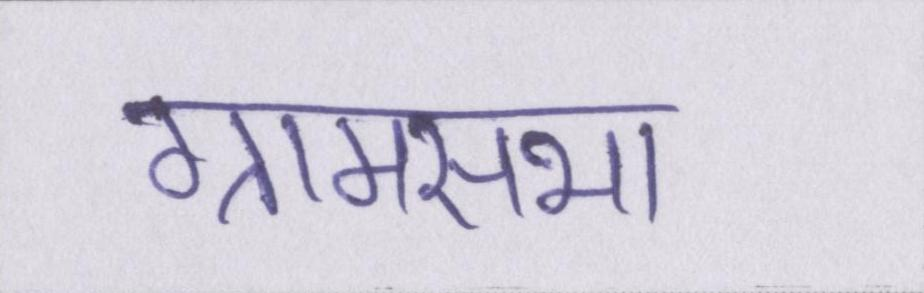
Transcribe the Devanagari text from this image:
ग्रामसभा